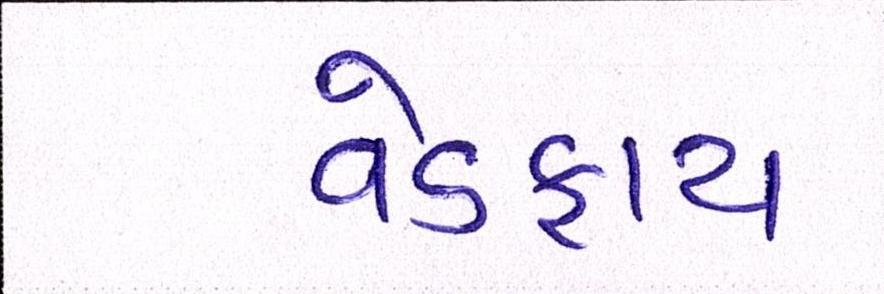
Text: વેડફાય